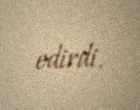
edirdi.